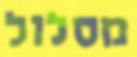
מסלול